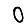
Digit: 0